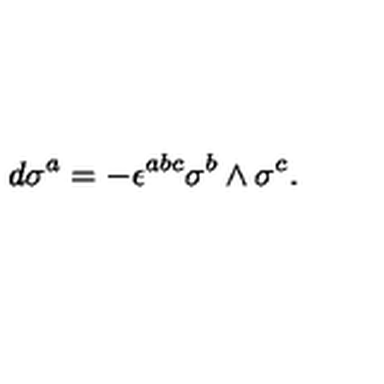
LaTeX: d \sigma ^ { a } = - \epsilon ^ { a b c } \sigma ^ { b } \wedge \sigma ^ { c } .